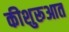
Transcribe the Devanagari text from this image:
कीशुरूआत